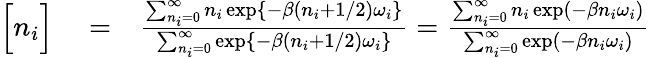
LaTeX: \begin{array}{rlr}{\Big[{n_{i}}\Big]}&{{}=}&{\frac{\sum_{n_{i}=0}^{\infty}n_{i}\exp\{ -\beta(n_{i}+1/2)\omega_{i}\} }{\sum_{n_{i}=0}^{\infty}\exp\{ -\beta(n_{i}+1/2)\omega_{i}\} }=\frac{\sum_{n_{i}=0}^{\infty}n_{i}\exp(-\beta n_{i}\omega_{i})}{\sum_{n_{i}=0}^{\infty}\exp(-\beta n_{i}\omega_{i})}}\end{array}